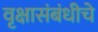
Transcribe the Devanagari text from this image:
वृक्षासंबंधीचे